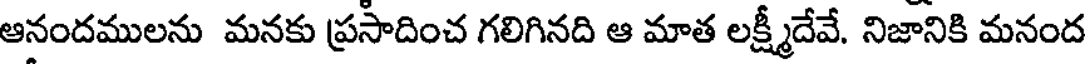
ఆనందములను మనకు ప్రసాదించ గలిగినది ఆ మాత లక్ష్మీదేవే. నిజానికి మనంద